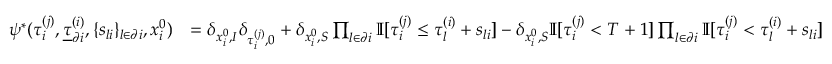
\begin{array} { r l } { \psi ^ { * } ( \tau _ { i } ^ { ( j ) } , \underline { { \tau } } _ { \partial i } ^ { ( i ) } , \{ s _ { l i } \} _ { l \in \partial i } , x _ { i } ^ { 0 } ) } & { = \delta _ { x _ { i } ^ { 0 } , I } \delta _ { \tau _ { i } ^ { ( j ) } , 0 } + \delta _ { x _ { i } ^ { 0 } , S } \prod _ { l \in \partial i } \mathbb { I } [ \tau _ { i } ^ { ( j ) } \leq \tau _ { l } ^ { ( i ) } + s _ { l i } ] - \delta _ { x _ { i } ^ { 0 } , S } \mathbb { I } [ \tau _ { i } ^ { ( j ) } < T + 1 ] \prod _ { l \in \partial i } \mathbb { I } [ \tau _ { i } ^ { ( j ) } < \tau _ { l } ^ { ( i ) } + s _ { l i } ] } \end{array}